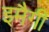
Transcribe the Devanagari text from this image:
इमैगी